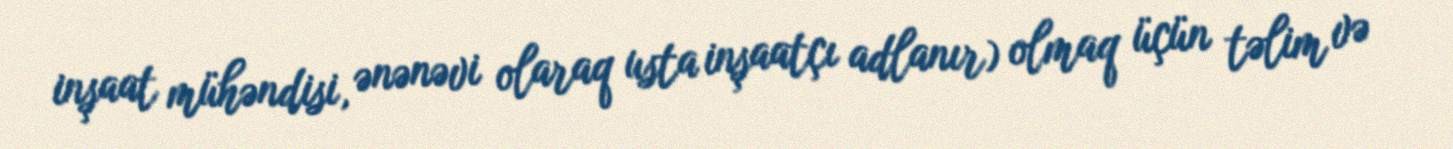
inşaat mühəndisi, ənənəvi olaraq usta inşaatçı adlanır) olmaq üçün təlim və